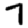
Digit: 7